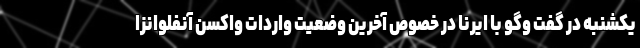
یکشنبه در گفت وگو با ایرنا در خصوص آخرین وضعیت واردات واکسن آنفلوانزا